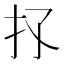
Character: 𢩴